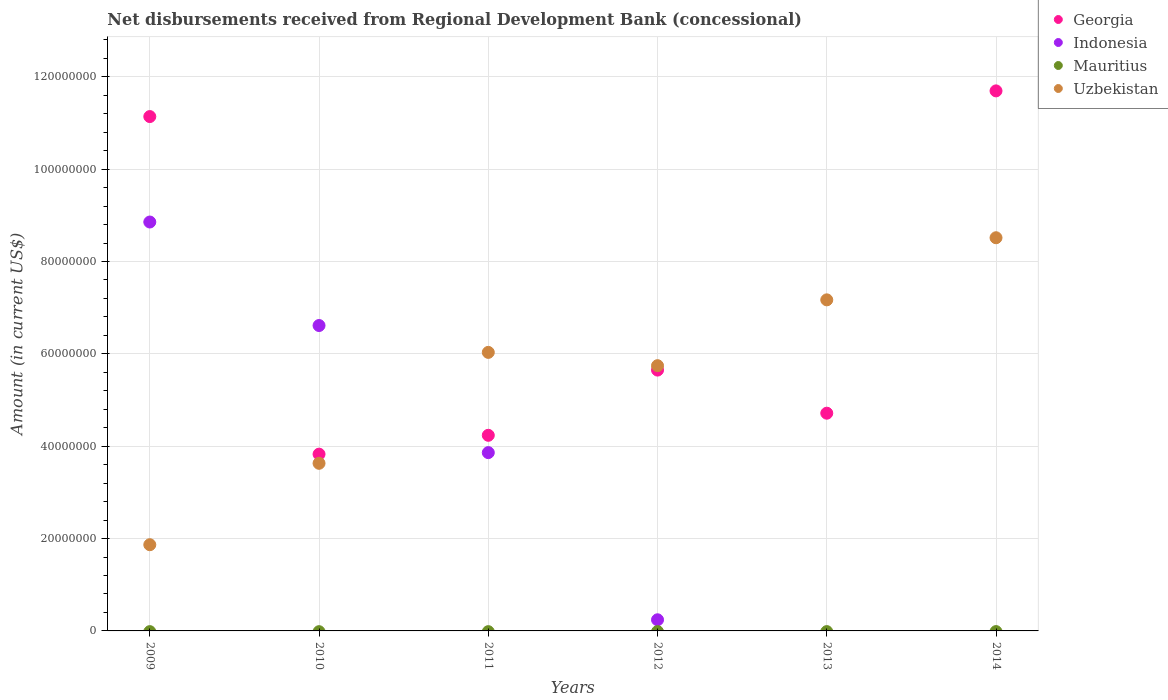
| Years | Georgia | Indonesia | Mauritius | Uzbekistan |
 | --- | --- | --- | --- | --- |
 | 2009 | 1.11e+08 | 8.86e+07 | -1.55e+05 | 1.87e+07 |
 | 2010 | 3.83e+07 | 6.61e+07 | -1.62e+05 | 3.63e+07 |
 | 2011 | 4.24e+07 | 3.86e+07 | -1.61e+05 | 6.03e+07 |
 | 2012 | 5.65e+07 | 2.41e+06 | -1.52e+05 | 5.74e+07 |
 | 2013 | 4.72e+07 | -8.76e+07 | -1.48e+05 | 7.17e+07 |
 | 2014 | 1.17e+08 | -1.18e+08 | -1.45e+05 | 8.51e+07 |